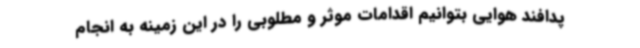
پدافند هوایی بتوانیم اقدامات موثر و مطلوبی را در این زمینه به انجام